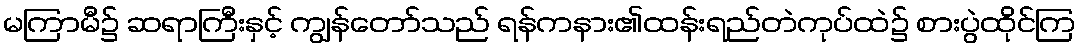
မကြာမီ၌ ဆရာကြီးနှင့် ကျွန်တော်သည် ရန်ကနား၏ထန်းရည်တဲကုပ်ထဲ၌ စားပွဲထိုင်ကြ